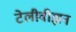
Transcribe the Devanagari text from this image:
टेलीवीझन